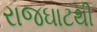
રાજઘાટથી